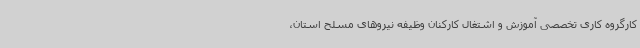
کارگروه کاری تخصصی آموزش و اشتغال کارکنان وظیفه نیروهای مسلح استان،